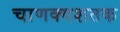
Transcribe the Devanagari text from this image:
चाणक्यशतक